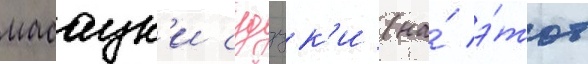
масаук'и судзук'и (на́ э́тот